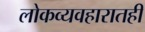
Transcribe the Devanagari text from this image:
लोकव्यवहारातही